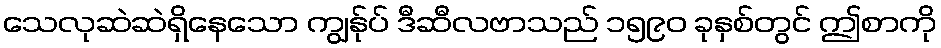
သေလုဆဲဆဲရှိနေသော ကျွန်ုပ် ဒီဆီလဗာသည် ၁၅၉၀ ခုနှစ်တွင် ဤစာကို